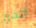
الفرز